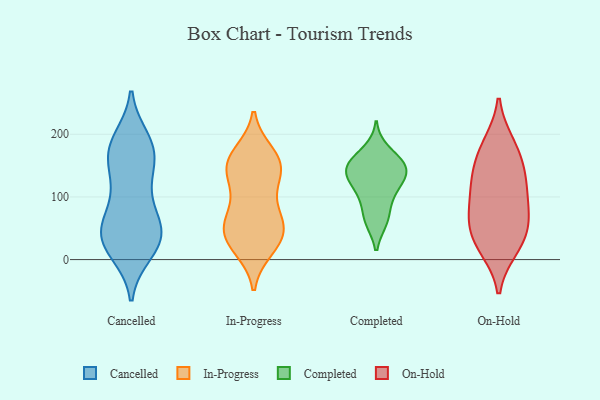
{"axis": {"x": "Shipments", "y": "Value"}, "legend": ["Cancelled", "Completed", "In-Progress", "On-Hold"], "data": [{"x": "", "y": 107, "type": "Cancelled"}, {"x": "", "y": 140, "type": "Cancelled"}, {"x": "", "y": 36, "type": "Cancelled"}, {"x": "", "y": 15, "type": "Cancelled"}, {"x": "", "y": 48, "type": "Cancelled"}, {"x": "", "y": 167, "type": "Cancelled"}, {"x": "", "y": 46, "type": "Cancelled"}, {"x": "", "y": 116, "type": "Cancelled"}, {"x": "", "y": 168, "type": "Cancelled"}, {"x": "", "y": 12, "type": "Cancelled"}, {"x": "", "y": 191, "type": "Cancelled"}, {"x": "", "y": 31, "type": "Cancelled"}, {"x": "", "y": 27, "type": "Cancelled"}, {"x": "", "y": 166, "type": "Cancelled"}, {"x": "", "y": 74, "type": "Cancelled"}, {"x": "", "y": 182, "type": "Cancelled"}, {"x": "", "y": 185, "type": "Cancelled"}, {"x": "", "y": 58, "type": "Cancelled"}, {"x": "", "y": 44, "type": "Cancelled"}, {"x": "", "y": 36, "type": "In-Progress"}, {"x": "", "y": 47, "type": "In-Progress"}, {"x": "", "y": 150, "type": "In-Progress"}, {"x": "", "y": 134, "type": "In-Progress"}, {"x": "", "y": 60, "type": "In-Progress"}, {"x": "", "y": 20, "type": "In-Progress"}, {"x": "", "y": 17, "type": "In-Progress"}, {"x": "", "y": 99, "type": "In-Progress"}, {"x": "", "y": 62, "type": "In-Progress"}, {"x": "", "y": 153, "type": "In-Progress"}, {"x": "", "y": 150, "type": "In-Progress"}, {"x": "", "y": 28, "type": "In-Progress"}, {"x": "", "y": 147, "type": "In-Progress"}, {"x": "", "y": 170, "type": "In-Progress"}, {"x": "", "y": 61, "type": "In-Progress"}, {"x": "", "y": 168, "type": "In-Progress"}, {"x": "", "y": 114, "type": "In-Progress"}, {"x": "", "y": 56, "type": "In-Progress"}, {"x": "", "y": 151, "type": "Completed"}, {"x": "", "y": 62, "type": "Completed"}, {"x": "", "y": 112, "type": "Completed"}, {"x": "", "y": 126, "type": "Completed"}, {"x": "", "y": 153, "type": "Completed"}, {"x": "", "y": 142, "type": "Completed"}, {"x": "", "y": 146, "type": "Completed"}, {"x": "", "y": 174, "type": "Completed"}, {"x": "", "y": 62, "type": "Completed"}, {"x": "", "y": 117, "type": "Completed"}, {"x": "", "y": 89, "type": "Completed"}, {"x": "", "y": 148, "type": "Completed"}, {"x": "", "y": 18, "type": "On-Hold"}, {"x": "", "y": 148, "type": "On-Hold"}, {"x": "", "y": 50, "type": "On-Hold"}, {"x": "", "y": 152, "type": "On-Hold"}, {"x": "", "y": 120, "type": "On-Hold"}, {"x": "", "y": 183, "type": "On-Hold"}, {"x": "", "y": 72, "type": "On-Hold"}, {"x": "", "y": 115, "type": "On-Hold"}, {"x": "", "y": 70, "type": "On-Hold"}, {"x": "", "y": 113, "type": "On-Hold"}, {"x": "", "y": 69, "type": "On-Hold"}, {"x": "", "y": 185, "type": "On-Hold"}, {"x": "", "y": 33, "type": "On-Hold"}, {"x": "", "y": 19, "type": "On-Hold"}]}